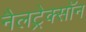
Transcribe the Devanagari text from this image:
नैलट्रेक्सॉन